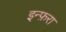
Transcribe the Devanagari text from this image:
इन्फ़रा